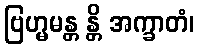
ဗြဟ္မမန္တ န္တိ အက္ခာတံ၊